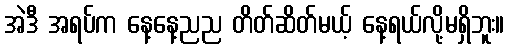
အဲဒီ အရပ်က နေ့နေ့ညည တိတ်ဆိတ်မယ့် နေ့ရယ်လို့မရှိဘူး။